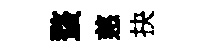
蝥慈抉